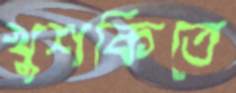
খুশকিতে